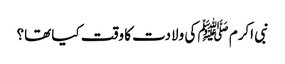
نبی اکرم ﷺ کی ولادت کا وقت کیا تھا؟